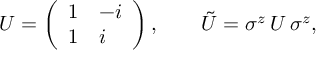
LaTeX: U = \left( \begin{array} { l l } { { 1 } } & { { - i } } \\ { { 1 } } & { { i } } \end{array} \right) , \qquad \tilde { U } = \sigma ^ { z } \, U \, \sigma ^ { z } ,